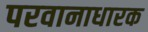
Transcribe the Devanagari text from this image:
परवानाधारक